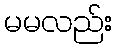
မမလည်း